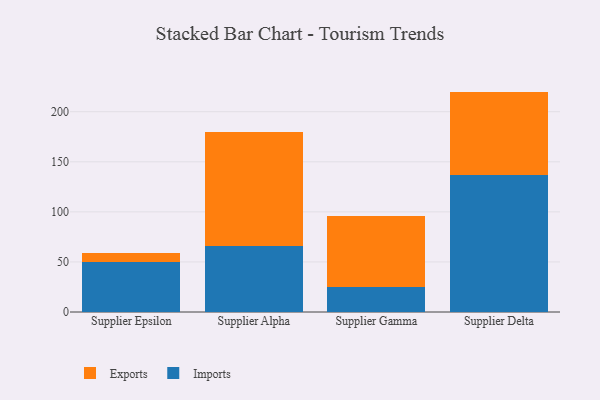
{"axis": {"x": "Supplier", "y": "Population (Million)"}, "legend": ["Exports", "Imports"], "data": [{"x": "Supplier Epsilon", "y": 50.1, "type": "Imports"}, {"x": "Supplier Epsilon", "y": 8.5, "type": "Exports"}, {"x": "Supplier Alpha", "y": 65.6, "type": "Imports"}, {"x": "Supplier Alpha", "y": 114.3, "type": "Exports"}, {"x": "Supplier Gamma", "y": 25.4, "type": "Imports"}, {"x": "Supplier Gamma", "y": 70.6, "type": "Exports"}, {"x": "Supplier Delta", "y": 137.3, "type": "Imports"}, {"x": "Supplier Delta", "y": 82.8, "type": "Exports"}]}